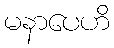
မနာပေဟိ